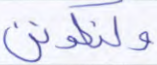
ولنكونن